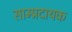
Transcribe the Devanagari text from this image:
साम्प्रदायक